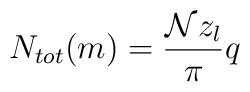
N_{tot}(m)=\frac{{\mathcal {N}}z_l}{\pi}q